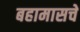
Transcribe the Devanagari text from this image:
बहामासचे